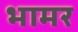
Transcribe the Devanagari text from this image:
भामर